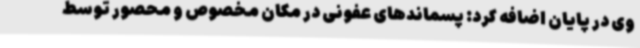
وی در پایان اضافه کرد: پسماندهای عفونی در مکان مخصوص و محصور توسط